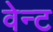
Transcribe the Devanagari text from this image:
वेन्ट